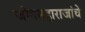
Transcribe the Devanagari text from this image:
जोगमहाराजांचे